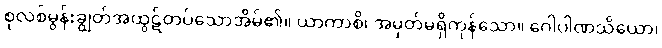
စုလစ်မွန်းချွတ်အထွဋ်တပ်သောအိမ်၏။ ယာကာစိ၊ အမှတ်မရှိကုန်သော။ ဂေါပါဏသိယော၊